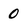
Character: 0